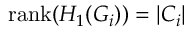
\operatorname { r a n k } ( H _ { 1 } ( G _ { i } ) ) = | C _ { i } |